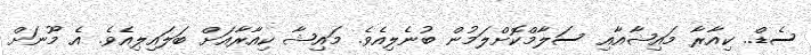
ސެޑް.. ކިއާރާ މައިޝާއާއި ސަލާމްކޮށްލަމުން ބުނެލިއެވެ. މައިޝާ ކިއާރާއަށް ބަލައިލިއެވެ. އެ މޫނަށް